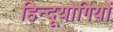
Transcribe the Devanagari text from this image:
हिन्दूयोगियों